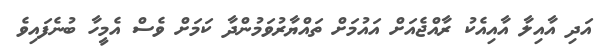
އަދި އާއިލާ އާއިއެކު ރާއްޖެއަށް އައުމަށް ތައްޔާރުވަމުންދާ ކަމަށް ވެސް އެމީހާ ބުނެފައިވެ